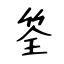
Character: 筌